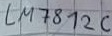
Text: LM7812C